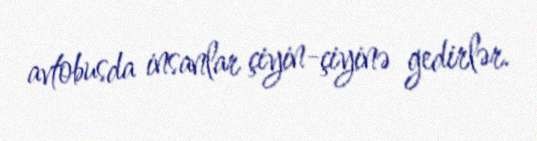
avtobusda insanlar çiyin-çiyinə gedirlər.